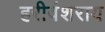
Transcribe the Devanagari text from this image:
हरीवंशराय